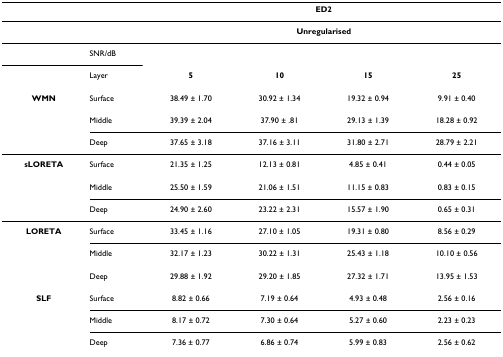
<table><thead><tr><td></td><td></td><td colspan="4"><b>ED2</b></td></tr></thead><tbody><tr><td></td><td></td><td colspan="4"><b>Unregularised</b></td></tr><tr><td></td><td>SNR/dB</td><td></td><td></td><td></td><td></td></tr><tr><td></td><td>Layer</td><td><b>5</b></td><td><b>10</b></td><td><b>15</b></td><td><b>25</b></td></tr><tr><td><b>WMN</b></td><td>Surface</td><td>38.49 ± 1.70</td><td>30.92 ± 1.34</td><td>19.32 ± 0.94</td><td>9.91 ± 0.40</td></tr><tr><td></td><td>Middle</td><td>39.39 ± 2.04</td><td>37.90 ± .81</td><td>29.13 ± 1.39</td><td>18.28 ± 0.92</td></tr><tr><td></td><td>Deep</td><td>37.65 ± 3.18</td><td>37.16 ± 3.11</td><td>31.80 ± 2.71</td><td>28.79 ± 2.21</td></tr><tr><td><b>sLORETA</b></td><td>Surface</td><td>21.35 ± 1.25</td><td>12.13 ± 0.81</td><td>4.85 ± 0.41</td><td>0.44 ± 0.05</td></tr><tr><td></td><td>Middle</td><td>25.50 ± 1.59</td><td>21.06 ± 1.51</td><td>11.15 ± 0.83</td><td>0.83 ± 0.15</td></tr><tr><td></td><td>Deep</td><td>24.90 ± 2.60</td><td>23.22 ± 2.31</td><td>15.57 ± 1.90</td><td>0.65 ± 0.31</td></tr><tr><td><b>LORETA</b></td><td>Surface</td><td>33.45 ± 1.16</td><td>27.10 ± 1.05</td><td>19.31 ± 0.80</td><td>8.56 ± 0.29</td></tr><tr><td></td><td>Middle</td><td>32.17 ± 1.23</td><td>30.22 ± 1.31</td><td>25.43 ± 1.18</td><td>10.10 ± 0.56</td></tr><tr><td></td><td>Deep</td><td>29.88 ± 1.92</td><td>29.20 ± 1.85</td><td>27.32 ± 1.71</td><td>13.95 ± 1.53</td></tr><tr><td><b>SLF</b></td><td>Surface</td><td>8.82 ± 0.66</td><td>7.19 ± 0.64</td><td>4.93 ± 0.48</td><td>2.56 ± 0.16</td></tr><tr><td></td><td>Middle</td><td>8.17 ± 0.72</td><td>7.30 ± 0.64</td><td>5.27 ± 0.60</td><td>2.23 ± 0.23</td></tr><tr><td></td><td>Deep</td><td>7.36 ± 0.77</td><td>6.86 ± 0.74</td><td>5.99 ± 0.83</td><td>2.56 ± 0.62</td></tr></tbody></table>